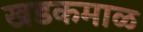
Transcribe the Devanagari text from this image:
खडकमाळ